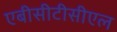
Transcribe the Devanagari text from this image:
एबीसीटीसीएल